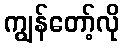
ကျွန်တော့်လို